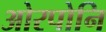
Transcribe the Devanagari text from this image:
ओरपोनि